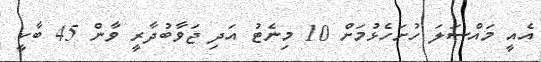
އެއީ މައްސަލަ ހުށަހެޅުމަށް 10 މިނެޓު އަދި ޖަވާބުދާރީ ވާން 45 ބާކީ